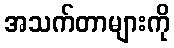
အသက်တာများကို